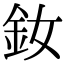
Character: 釹